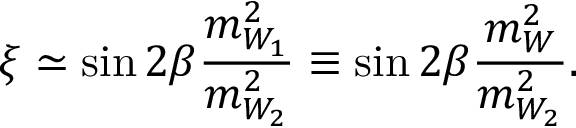
\xi \simeq \sin { 2 \beta } { \frac { m _ { W _ { 1 } } ^ { 2 } } { m _ { W _ { 2 } } ^ { 2 } } } \equiv \sin { 2 \beta } { \frac { m _ { W } ^ { 2 } } { m _ { W _ { 2 } } ^ { 2 } } } .